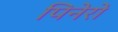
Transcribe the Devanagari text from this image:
पिनेरो